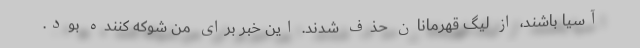
آسیا باشند، از لیگ قهرمانان حذف شدند. این خبر برای من شوکه کننده بود.